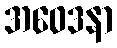
အဝေဒနာ